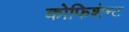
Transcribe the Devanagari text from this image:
कोफिशेन्ट